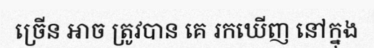
ច្រើន អាច ត្រូវបាន គេ រកឃើញ នៅក្នុង